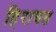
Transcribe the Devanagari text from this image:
हिरावत